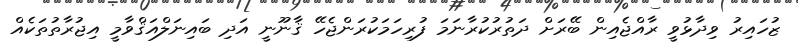
ޒުހައިރު ވިދާޅުވީ ރާއްޖެއިން ބޭރަށް ދަތުރުކުރާނަމަ ފުރިހަމަކުރަންޖެހޭ ޤާނޫނީ އަދި ބައިނަލްއަޤްވާމީ އިޖުރާތުތަކެއް